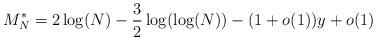
LaTeX: \begin{align*}M_{N}^{*} = 2\log(N) - \frac{3}{2}\log(\log(N))-(1+o(1))y+o(1) \end{align*}